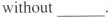
without___.